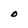
Character: O